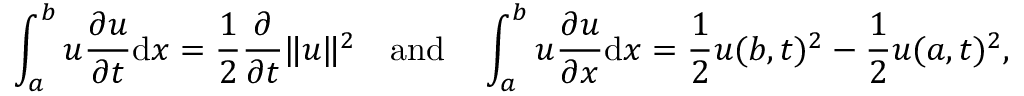
\int _ { a } ^ { b } u { \frac { \partial u } { \partial t } } \mathrm { d } x = { \frac { 1 } { 2 } } { \frac { \partial } { \partial t } } \| u \| ^ { 2 } \quad { \mathrm { a n d } } \quad \int _ { a } ^ { b } u { \frac { \partial u } { \partial x } } \mathrm { d } x = { \frac { 1 } { 2 } } u ( b , t ) ^ { 2 } - { \frac { 1 } { 2 } } u ( a , t ) ^ { 2 } ,